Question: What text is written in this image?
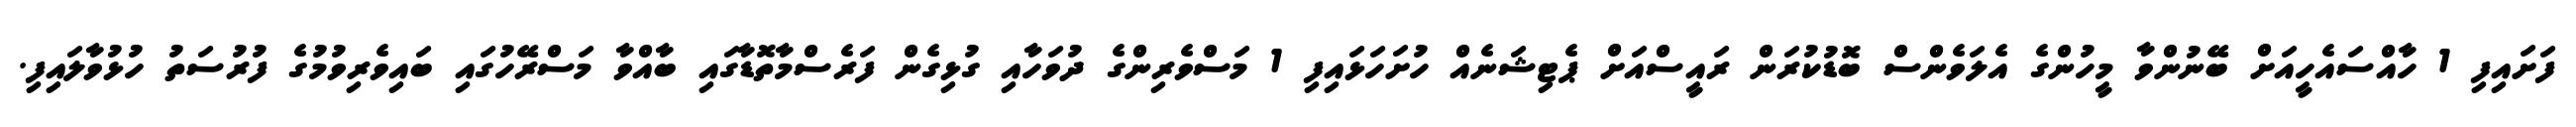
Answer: ފަށައިފި 1 ހާއްސައެހީއަށް ބޭނުންވާ މީހުންގެ އެލަވެންސް ބޮޑުކުރަން ރައީސްއަށް ޕެޓިޝަނެއް ހުށަހަޅައިފި 1 މަސްވެރިންގެ ދުވަހާއި ގުޅިގެން ފަރެސްމާތޮޑާގައި ބާއްވާ މަސްރޭހުގައި ބައިވެރިވުމުގެ ފުރުސަތު ހުޅުވާލައިފި.